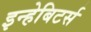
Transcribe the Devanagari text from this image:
इन्हेबिटर्स